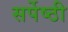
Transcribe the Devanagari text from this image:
सर्पेष्ठी